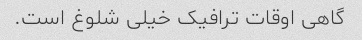
گاهی اوقات ترافیک خیلی شلوغ است.